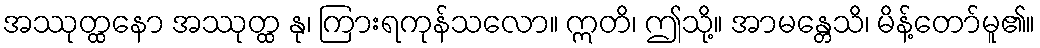
အဿုတ္ထနော အဿုတ္ထ နု၊ ကြားရကုန်သလော။ ဣတိ၊ ဤသို့။ အာမန္တေသိ၊ မိန့်တော်မူ၏။